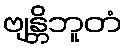
ဗျန္တိဘူတံ